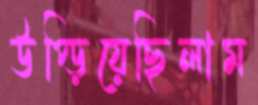
উপ্‌ড়িয়েছিলাম